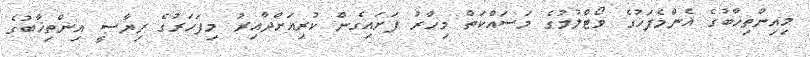
މިއިންތިޚާބުގެ އެންމެފަހުގެ ވޯޓްލުމުގެ މަސައްކަތް މިހާރު ފަށައިގެން ކުރިއަށްދާއިރު މިފަހަރުގެ ރިޔާސީ އިންތިޚާބުގެ